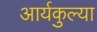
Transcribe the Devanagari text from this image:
आर्यकुल्या